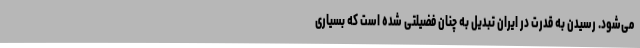
می‌شود. رسیدن به قدرت در ایران تبدیل به چنان فضیلتی شده است که بسیاری